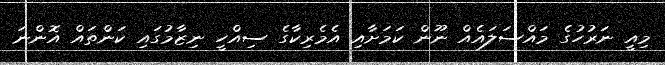
މިއީ ނަރުހުގެ މައްސަލައެއް ނޫން ކަމަށާއި އެމެރިކާގެ ސިއްހީ ނިޒާމުގައި ކަންތައް އޮންނަ